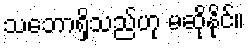
သဘောရှိသည်ဟု မဆိုနိုင်။